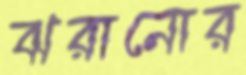
ঝরানোর